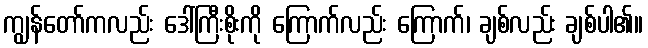
ကျွန်တော်ကလည်း ဒေါ်ကြီးစိုးကို ကြောက်လည်း ကြောက်၊ ချစ်လည်း ချစ်ပါ၏။